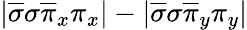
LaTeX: |\overline{{\sigma}}\sigma\overline{{\pi}}_{x}\pi_{x}|-|\overline{{\sigma}}\sigma\overline{{\pi}}_{y}\pi_{y}|